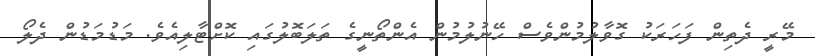
މޭރީ ދެތިން ފަހަރަކު ގޮވާލުމުންވެސް ހޭނުލުމުން އެންތޯނީގެ ތަލަބޮލުގައި ކޮށްޓާލިއެވެ. މަޑުމަޑުން ދެލޯ